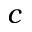
c